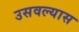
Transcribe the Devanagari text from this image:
उसवल्यास